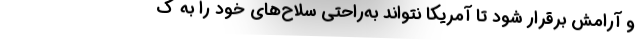
و آرامش برقرار شود تا آمریکا نتواند به‌راحتی سلاح‌های خود را به ک